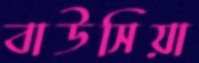
বাউসিয়া